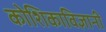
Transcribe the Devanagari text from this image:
कोशिकाविज्ञानी